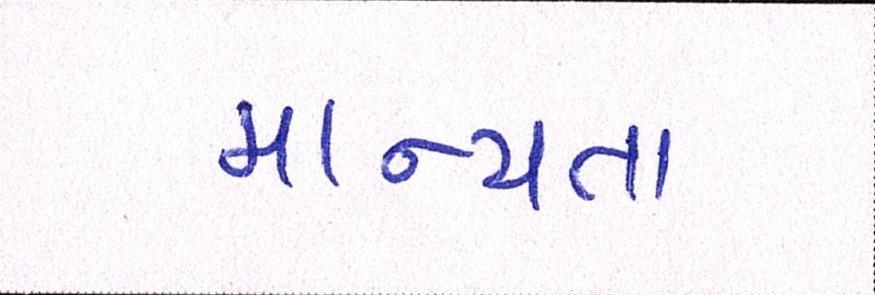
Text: માન્યતા